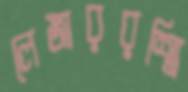
লেজাররশ্মি